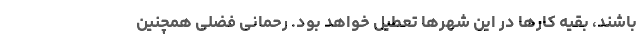
باشند، بقیه کارها در این شهرها تعطیل خواهد بود. رحمانی فضلی همچنین